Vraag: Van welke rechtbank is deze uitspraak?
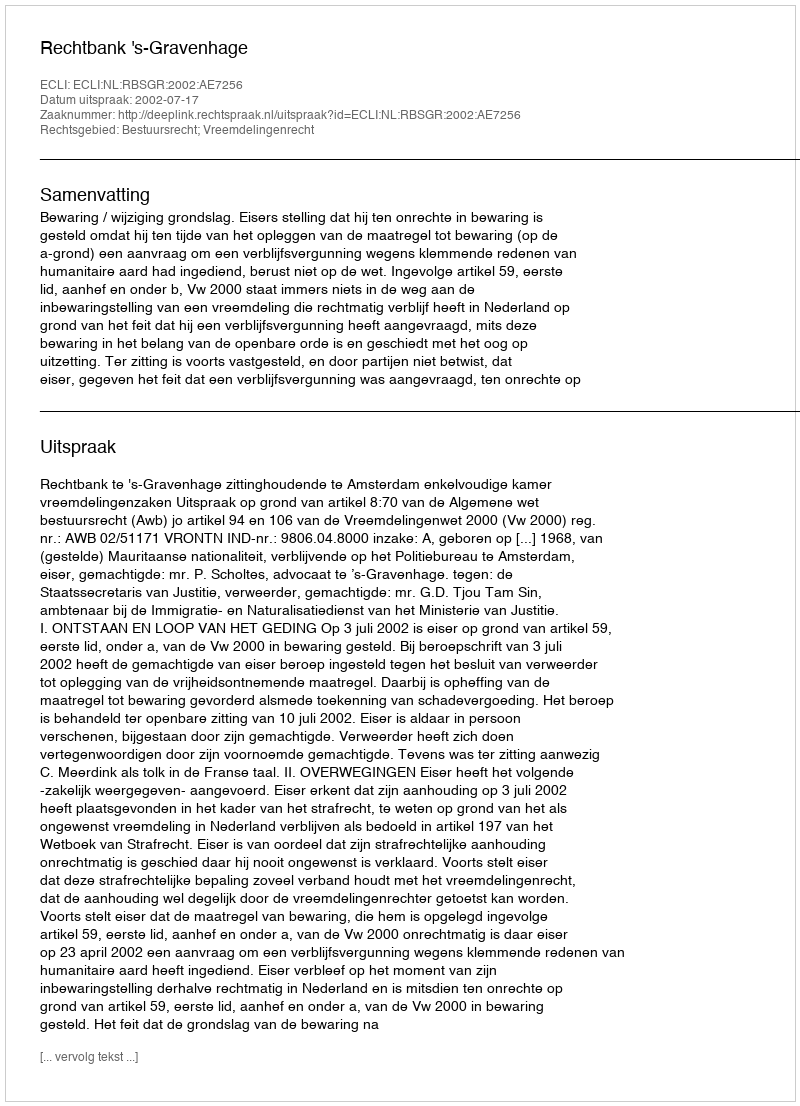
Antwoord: Rechtbank 's-Gravenhage